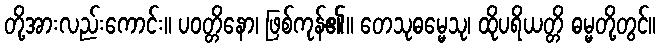
တို့အားလည်းကောင်း။ ပဝတ္တိနော၊ ဖြစ်ကုန်၏။ တေသုဓမ္မေသု၊ ထိုပရိယတ္တိ ဓမ္မတို့တွင်။